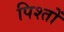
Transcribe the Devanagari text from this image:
पिश्तों